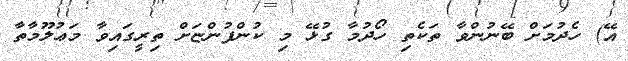
އޭ) ހެދުމަށް ބޭނުންވާ ތަކެތި ހޯދުމާ ގުޅޭ މި ކުންފުންޏަށް ތިރީގައިވާ މަޢުލޫމާތާ